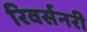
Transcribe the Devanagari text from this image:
रिवर्सनरी